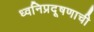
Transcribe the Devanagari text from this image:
ध्वनिप्रदूषणाची